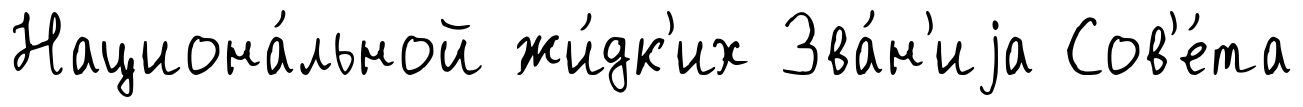
Национа́льной жи́дк'их Зва́н'иjа Сов'е́та